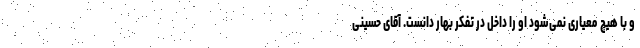
و با هیچ معیاری نمی‌شود او را داخل در تفکر بهار دانست. آقای حسینی